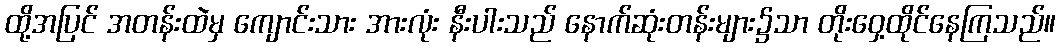
ထို့အပြင် အတန်းထဲမှ ကျောင်းသား အားလုံး နီးပါးသည် နောက်ဆုံးတန်းများ၌သာ တိုးဝှေ့ထိုင်နေကြသည်။